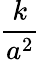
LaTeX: \frac{k}{a^{2}}